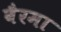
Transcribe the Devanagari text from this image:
बैरमा